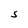
Character: S